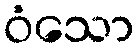
ဝံသော